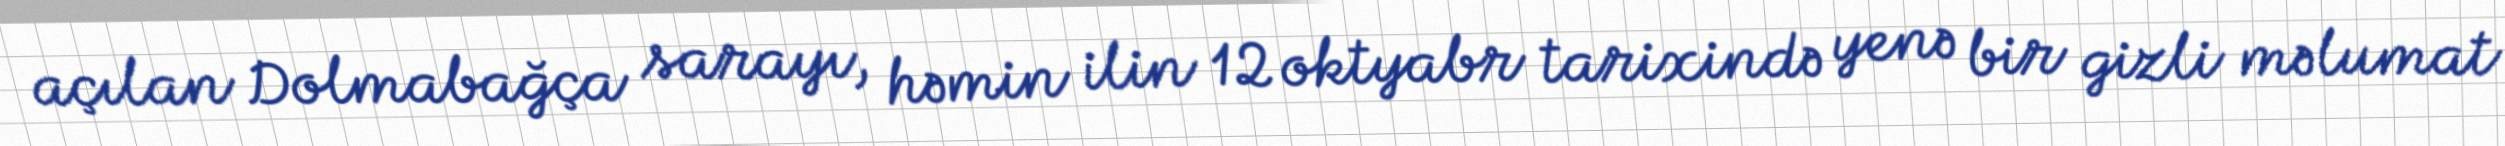
açılan Dolmabağça sarayı, həmin ilin 12 oktyabr tarixində yenə bir gizli məlumat